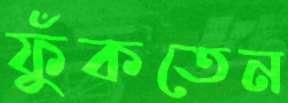
ফুঁকতেন